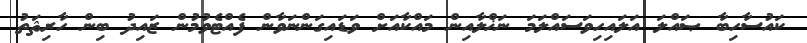
ކައުސާހިބާ ޞައްލަ އަލައިހިވަސައްލަމަ ނަޚްލާއިން މައްކާއަށް ވަޑައިގަންނަވާން ފެއްޓެވުމުން ޒައިދު ބިން ހާރިޘަތު